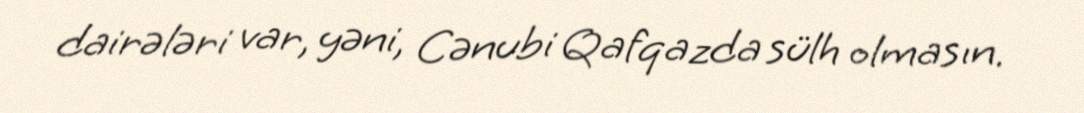
dairələri var, yəni, Cənubi Qafqazda sülh olmasın.